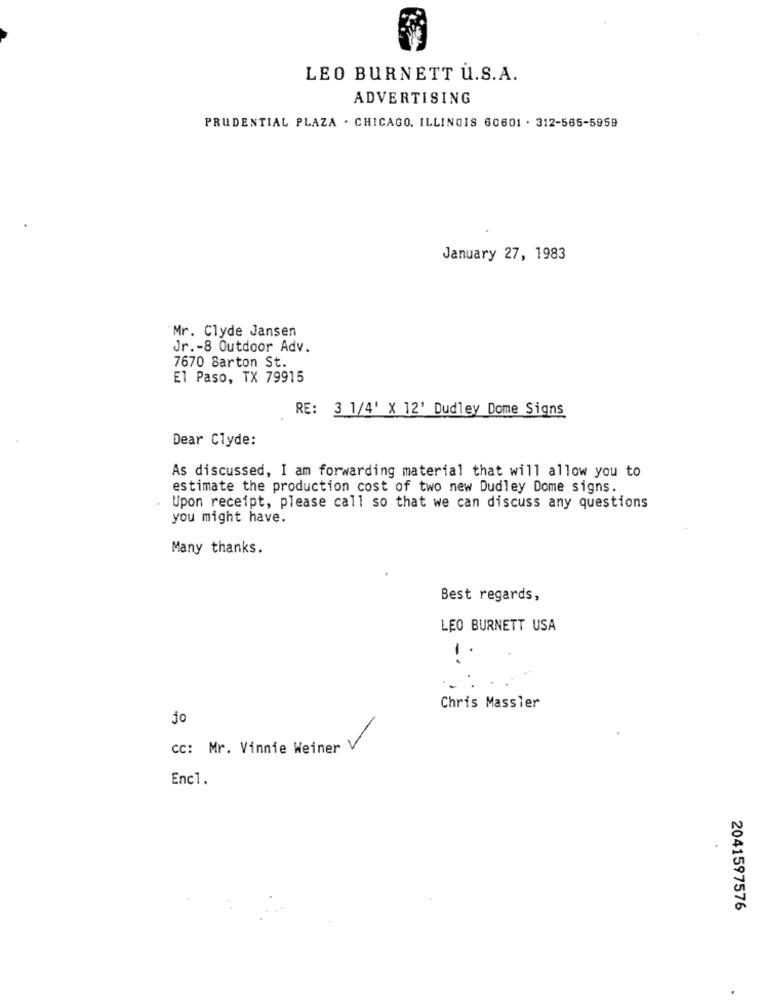
LEO BURNETT U.S.A.
ADVERTISING
PRUDENTIAL PLAZA . CHICAGO, ILLINOIS 60601 . 312-565-5959
January 27, 1983
Mr. Clyde Jansen
Jr .- 8 Outdoor Adv.
7670 Barton St.
El Paso, TX 79915
RE: 3 1/4' X 12' Dudley Dome Signs
Dear Clyde:
As discussed, I am forwarding material that will allow you to
estimate the production cost of two new Dudley Dome signs.
Upon receipt, please call so that we can discuss any questions
you might have.
Many thanks.
Best regards,
LEO BURNETT USA
1.
Chris Massler
jo
cc: Mr. Vinnie Weiner
Enc1.
2041597576